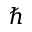
\hbar